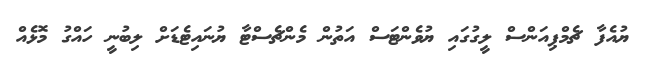
ޔުއެފާ ޗެމްޕިއަންސް ލީގުގައި ޔުވެންޓަސް އަތުން މެންޗެސްޓާ ޔުނައިޓެޑަށް ލިބުނީ ހައްގު މޮޅެއް